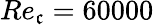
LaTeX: Re_{\mathfrak{c}}=60000